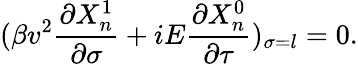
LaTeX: (\beta v^{2}\frac{\partial X_{n}^{1}}{\partial\sigma}+iE\frac{\partial X_{n}^{0}}{\partial\tau})_{\sigma=l}=0.